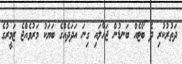
ދަތުރުކުރި ދެ ބޯޓެއް ބަނޑުން ޖަހާލައި ގިނަ އަދަދެއްގެ ބަޔަކު މަރުވެއްޖެ ޒަމީރުގެ